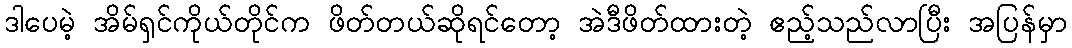
ဒါပေမဲ့ အိမ်ရှင်ကိုယ်တိုင်က ဖိတ်တယ်ဆိုရင်တော့ အဲဒီဖိတ်ထားတဲ့ ဧည့်သည်လာပြီး အပြန်မှာ